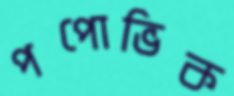
পপোভিক